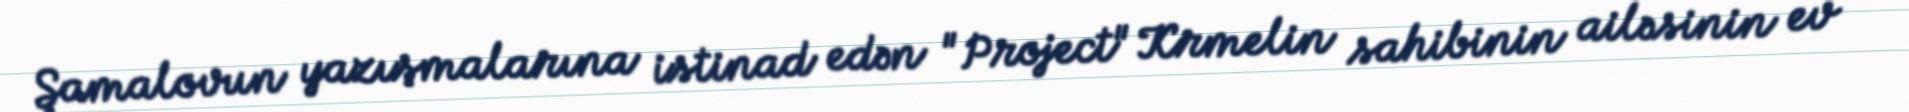
Şamalovun yazışmalarına istinad edən "Project" Krmelin sahibinin ailəsinin ev